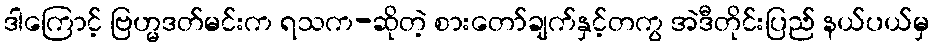
ဒါကြောင့် ဗြဟ္မဒတ်မင်းက ရသက-ဆိုတဲ့ စားတော်ချက်နှင့်တကွ အဲဒီတိုင်းပြည် နယ်ပယ်မှ